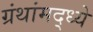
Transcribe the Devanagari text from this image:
ग्रंथांमद्ध्ये